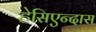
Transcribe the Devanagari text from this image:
हेसिएन्दास